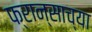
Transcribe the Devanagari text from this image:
फ्रान्साच्या